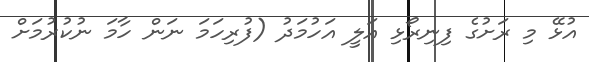
އުޅޭ މި ރަށުގެ ފިނިރޯޅި އަލީ އަހުމަދު (ފުރިހަމަ ނަން ހާމަ ނުކުރުމަށް